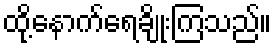
ထို့နောက်ရေချိုးကြသည်။